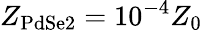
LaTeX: Z_{\mathrm{PdSe2}}=10^{-4}Z_{0}